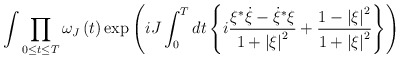
\begin{align*}\int {\prod\limits_{0\le t\le T} {\omega _J\left( t \right)}\exp \left({iJ\int_0^T {dt\left\{ {i{{\xi^{*}\dot \xi-{\dot \xi}^{*}\xi}\over{1+\left| \xi\right|^2}}+{{1-\left| \xi \right|^2}\over {1+\left| \xi \right|^2}}}\right\}}} \right)}\end{align*}